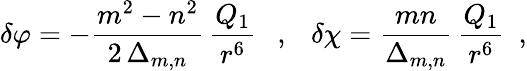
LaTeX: \delta\varphi=-\frac{m^{2}-n^{2}}{2\, \Delta_{m,n}}\, \frac{Q_{1}}{r^{6}}~~~,~~~\delta\chi=\frac{mn}{\Delta_{m,n}}\, \frac{Q_{1}}{r^{6}}~~,